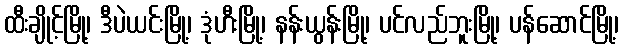
ထီးချိုင့်မြို့၊ ဒီပဲယင်းမြို့၊ ဒုံဟီးမြို့၊ နန်းယွန်းမြို့၊ ပင်လည်ဘူးမြို့၊ ပန်ဆောင်မြို့၊